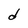
Character: d